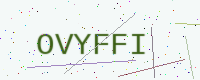
Text: OVYFFI